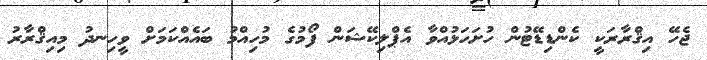
ޖެހޭ އިޤްރާރަކީ ކެންޑިޑޭޓުން ހުށަހަޅުއްވާ އެޕްލިކޭޝަން ފޯމުގެ މުހިއްމު ބައެއްކަމަށް ވީހިނދު މިއިޤްރާރު